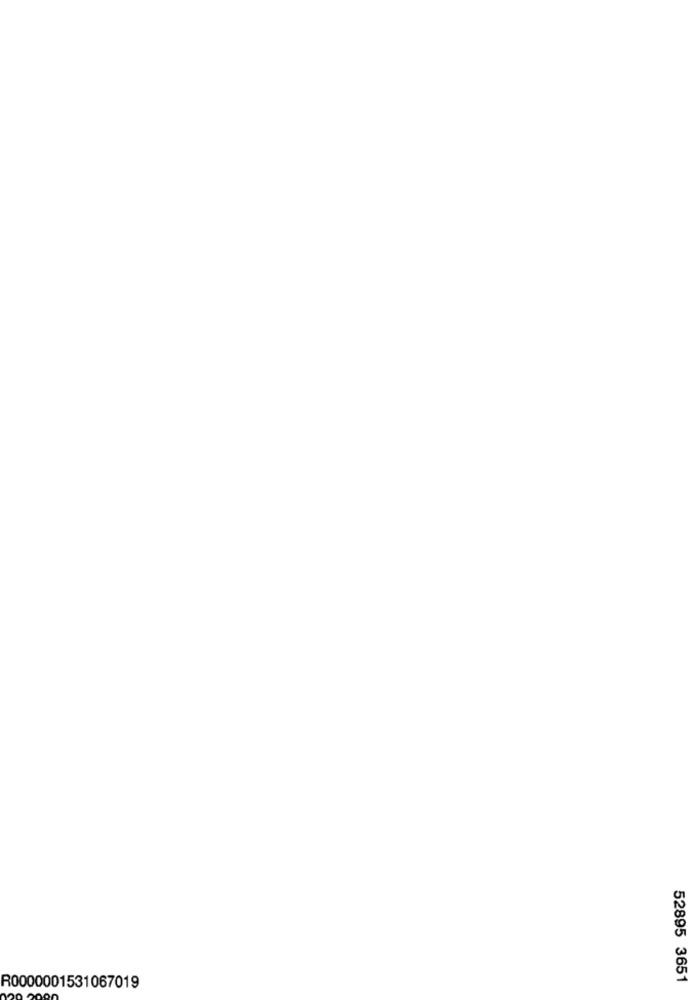
52895 3651
R0000001531067019